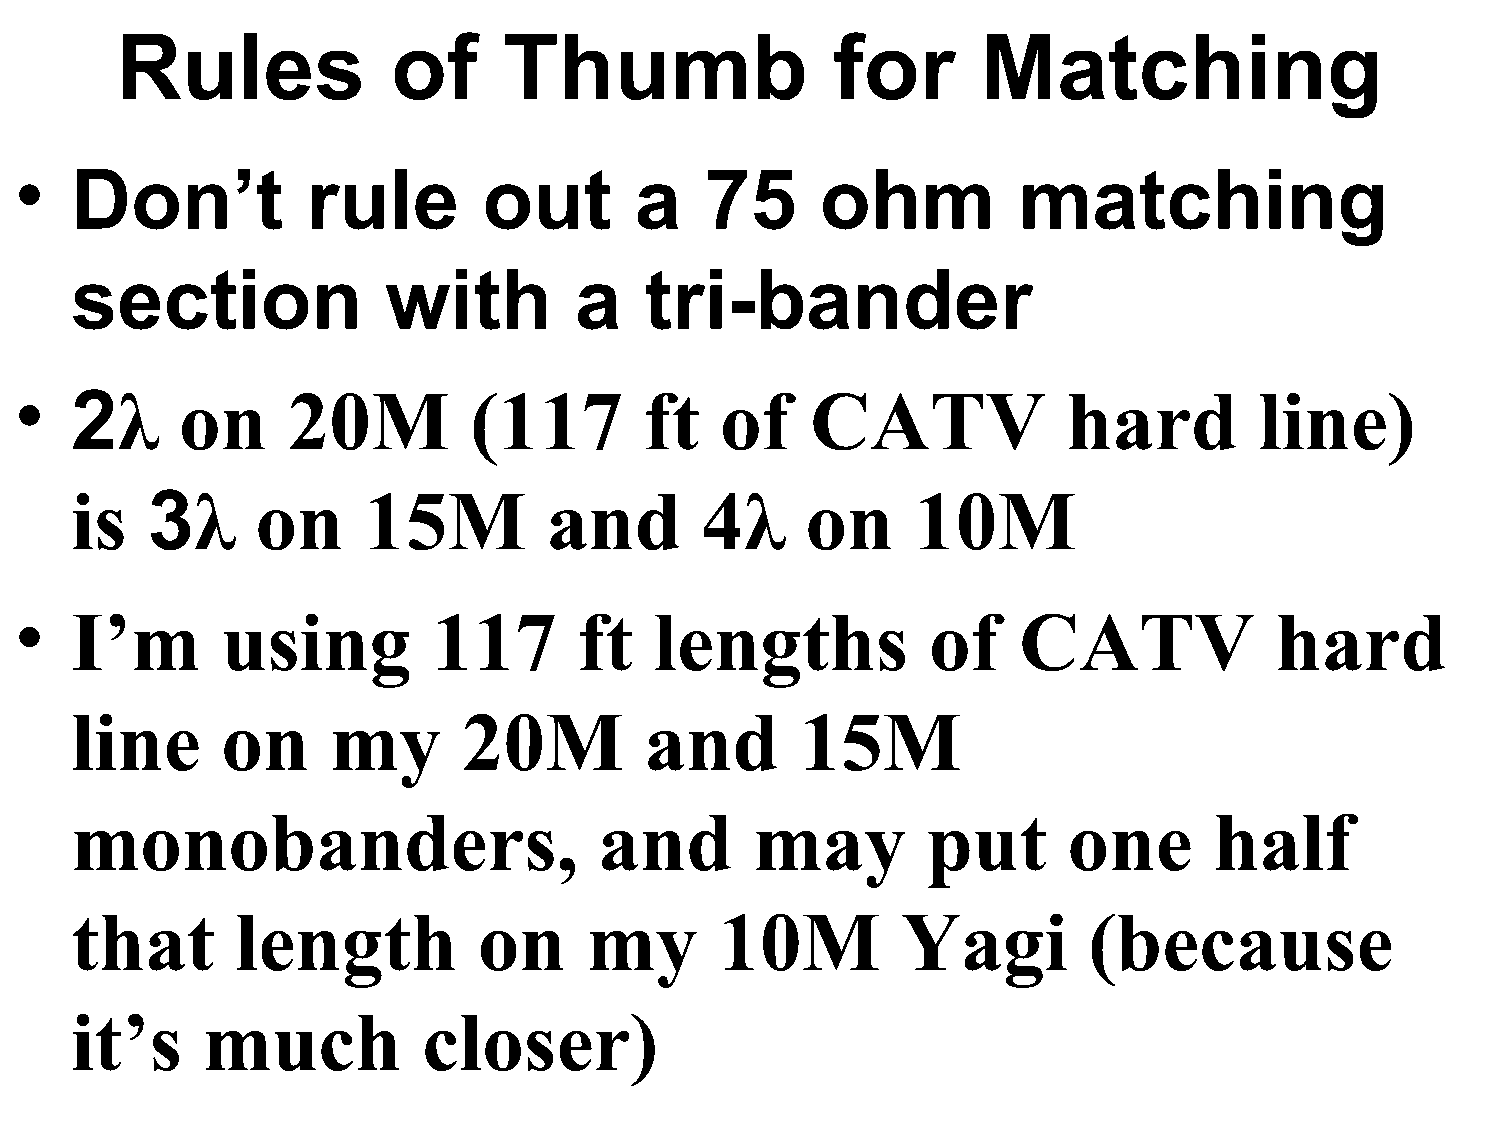
Rules             of     Thumb                 for       Matching
 •   Don’t          rule        out       a    75     ohm          matching
 section              with        a    tri-bander
 •   2λ     on     20M         (117        ft   of    CATV             hard        line)
 is   3λ     on     15M         and       4λ     on      10M
 •   I’m       using         117      ft   lengths            of   CATV             hard
 line      on     my       20M         and       15M
 monobanders,                       and       may        put       one      half
 that       length          on     my       10M         Yagi        (because
 it’s    much           closer)